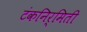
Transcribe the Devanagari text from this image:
टंकनिर्मिती